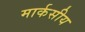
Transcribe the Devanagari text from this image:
मार्कसीय